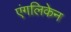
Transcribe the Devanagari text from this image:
एंगलिकेन